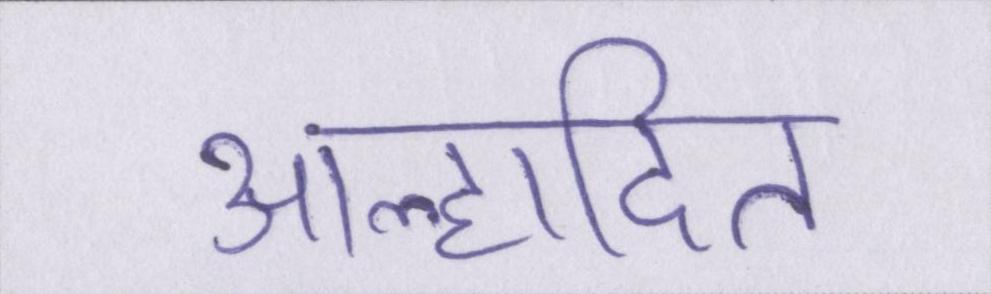
आह्लादित